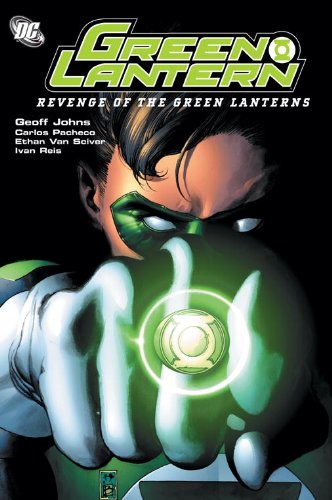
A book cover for Green Lantern: Revenge of the Green Lanterns; Geoff Johns; Comics & Graphic Novels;